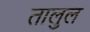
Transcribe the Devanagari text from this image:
तालुल